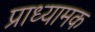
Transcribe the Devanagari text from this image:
प्राध्यामक